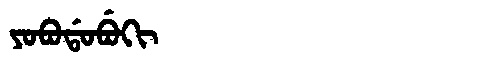
Manchu: ᠶᠣᠪᠣᡩᠣᠪᡠᡴᡳ
Romanization: YOBODOBUKI